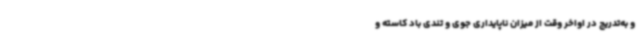
و به‌تدریج در اواخر وقت از میزان ناپایداری جوی و تندی باد کاسته و